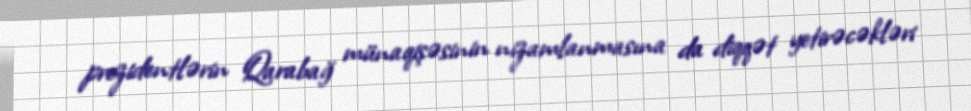
prezidentlərin Qarabağ münaqişəsinin nizamlanmasına da diqqət yetirəcəkləri